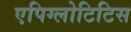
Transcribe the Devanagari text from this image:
एपिग्लोटिटिस